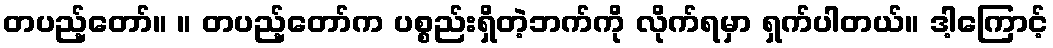
တပည့်တော်။ ။ တပည့်တော်က ပစ္စည်းရှိတဲ့ဘက်ကို လိုက်ရမှာ ရှက်ပါတယ်။ ဒါ့ကြောင့်